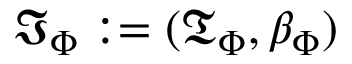
{ \mathfrak { I } } _ { \Phi } : = ( { \mathfrak { T } } _ { \Phi } , \beta _ { \Phi } )